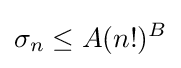
\sigma _{n}\leq A(n!)^{B}